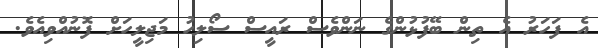
އެ ފަހަރު އެ ތިން ބޭފުޅުންގެ ނަންވެސް ރައީސް ސޯލިހު މަޖިލީހަށް ފޮނުއްވިއެވެ.